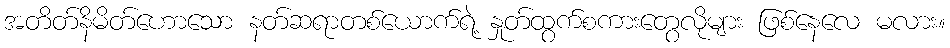
အတိတ်နိမိတ်ဟောသော နတ်ဆရာတစ်ယောက်ရဲ့ နှုတ်ထွက်စကားတွေလိုများ ဖြစ်နေလေ မလား။